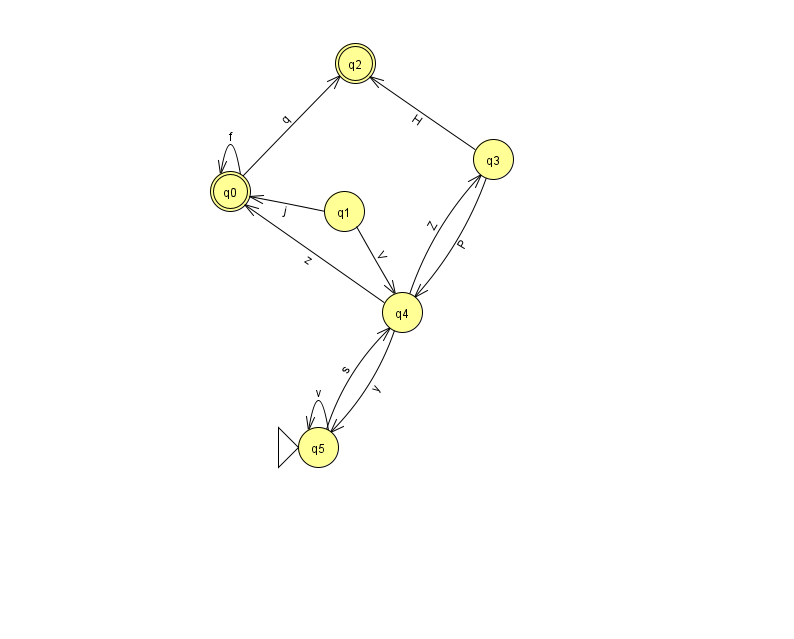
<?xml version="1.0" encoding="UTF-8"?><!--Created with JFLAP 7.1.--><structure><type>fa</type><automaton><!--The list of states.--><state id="0" name="q0"><x>230.0</x><y>178.0</y><final/></state><state id="1" name="q1"><x>344.0</x><y>198.0</y></state><state id="2" name="q2"><x>355.0</x><y>50.0</y><final/></state><state id="3" name="q3"><x>493.0</x><y>146.0</y></state><state id="4" name="q4"><x>402.0</x><y>299.0</y></state><state id="5" name="q5"><x>318.0</x><y>434.0</y><initial/></state><!--The list of transitions.--><transition><from>1</from><to>4</to><read>V</read></transition><transition><from>5</from><to>4</to><read>s</read></transition><transition><from>0</from><to>0</to><read>f</read></transition><transition><from>0</from><to>2</to><read>q</read></transition><transition><from>5</from><to>5</to><read>v</read></transition><transition><from>3</from><to>4</to><read>P</read></transition><transition><from>4</from><to>0</to><read>z</read></transition><transition><from>3</from><to>2</to><read>H</read></transition><transition><from>1</from><to>0</to><read>j</read></transition><transition><from>4</from><to>3</to><read>Z</read></transition><transition><from>4</from><to>5</to><read>y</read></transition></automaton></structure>